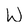
Character: W